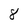
Character: 8